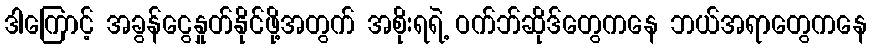
ဒါကြောင့် အခွန်ငွေနှုတ်နိုင်ဖို့အတွက် အစိုးရရဲ့ ဝက်ဘ်ဆိုဒ်တွေကနေ ဘယ်အရာတွေကနေ